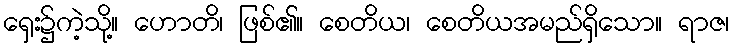
ရှေး၌ကဲ့သို့။ ဟောတိ၊ ဖြစ်၏။ စေတိယ၊ စေတိယအမည်ရှိသော။ ရာဇ၊